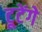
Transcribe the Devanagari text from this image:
टूटेंगे